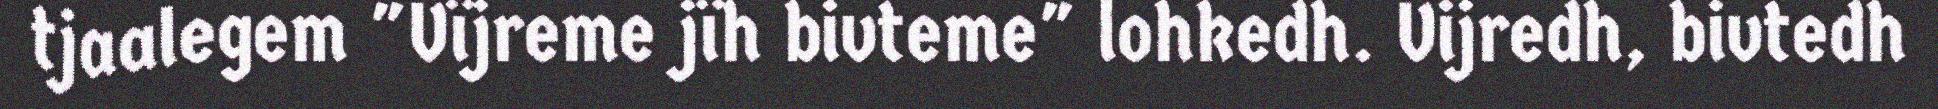
tjaalegem "Vïjreme jïh bivteme" lohkedh. Vijredh, bivtedh